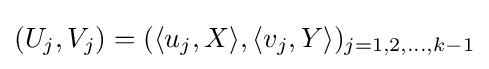
(U_{j},V_{j})=(\langle u_{j},X\rangle ,\langle v_{j},Y\rangle )_{j=1,2,\ldots ,k-1}